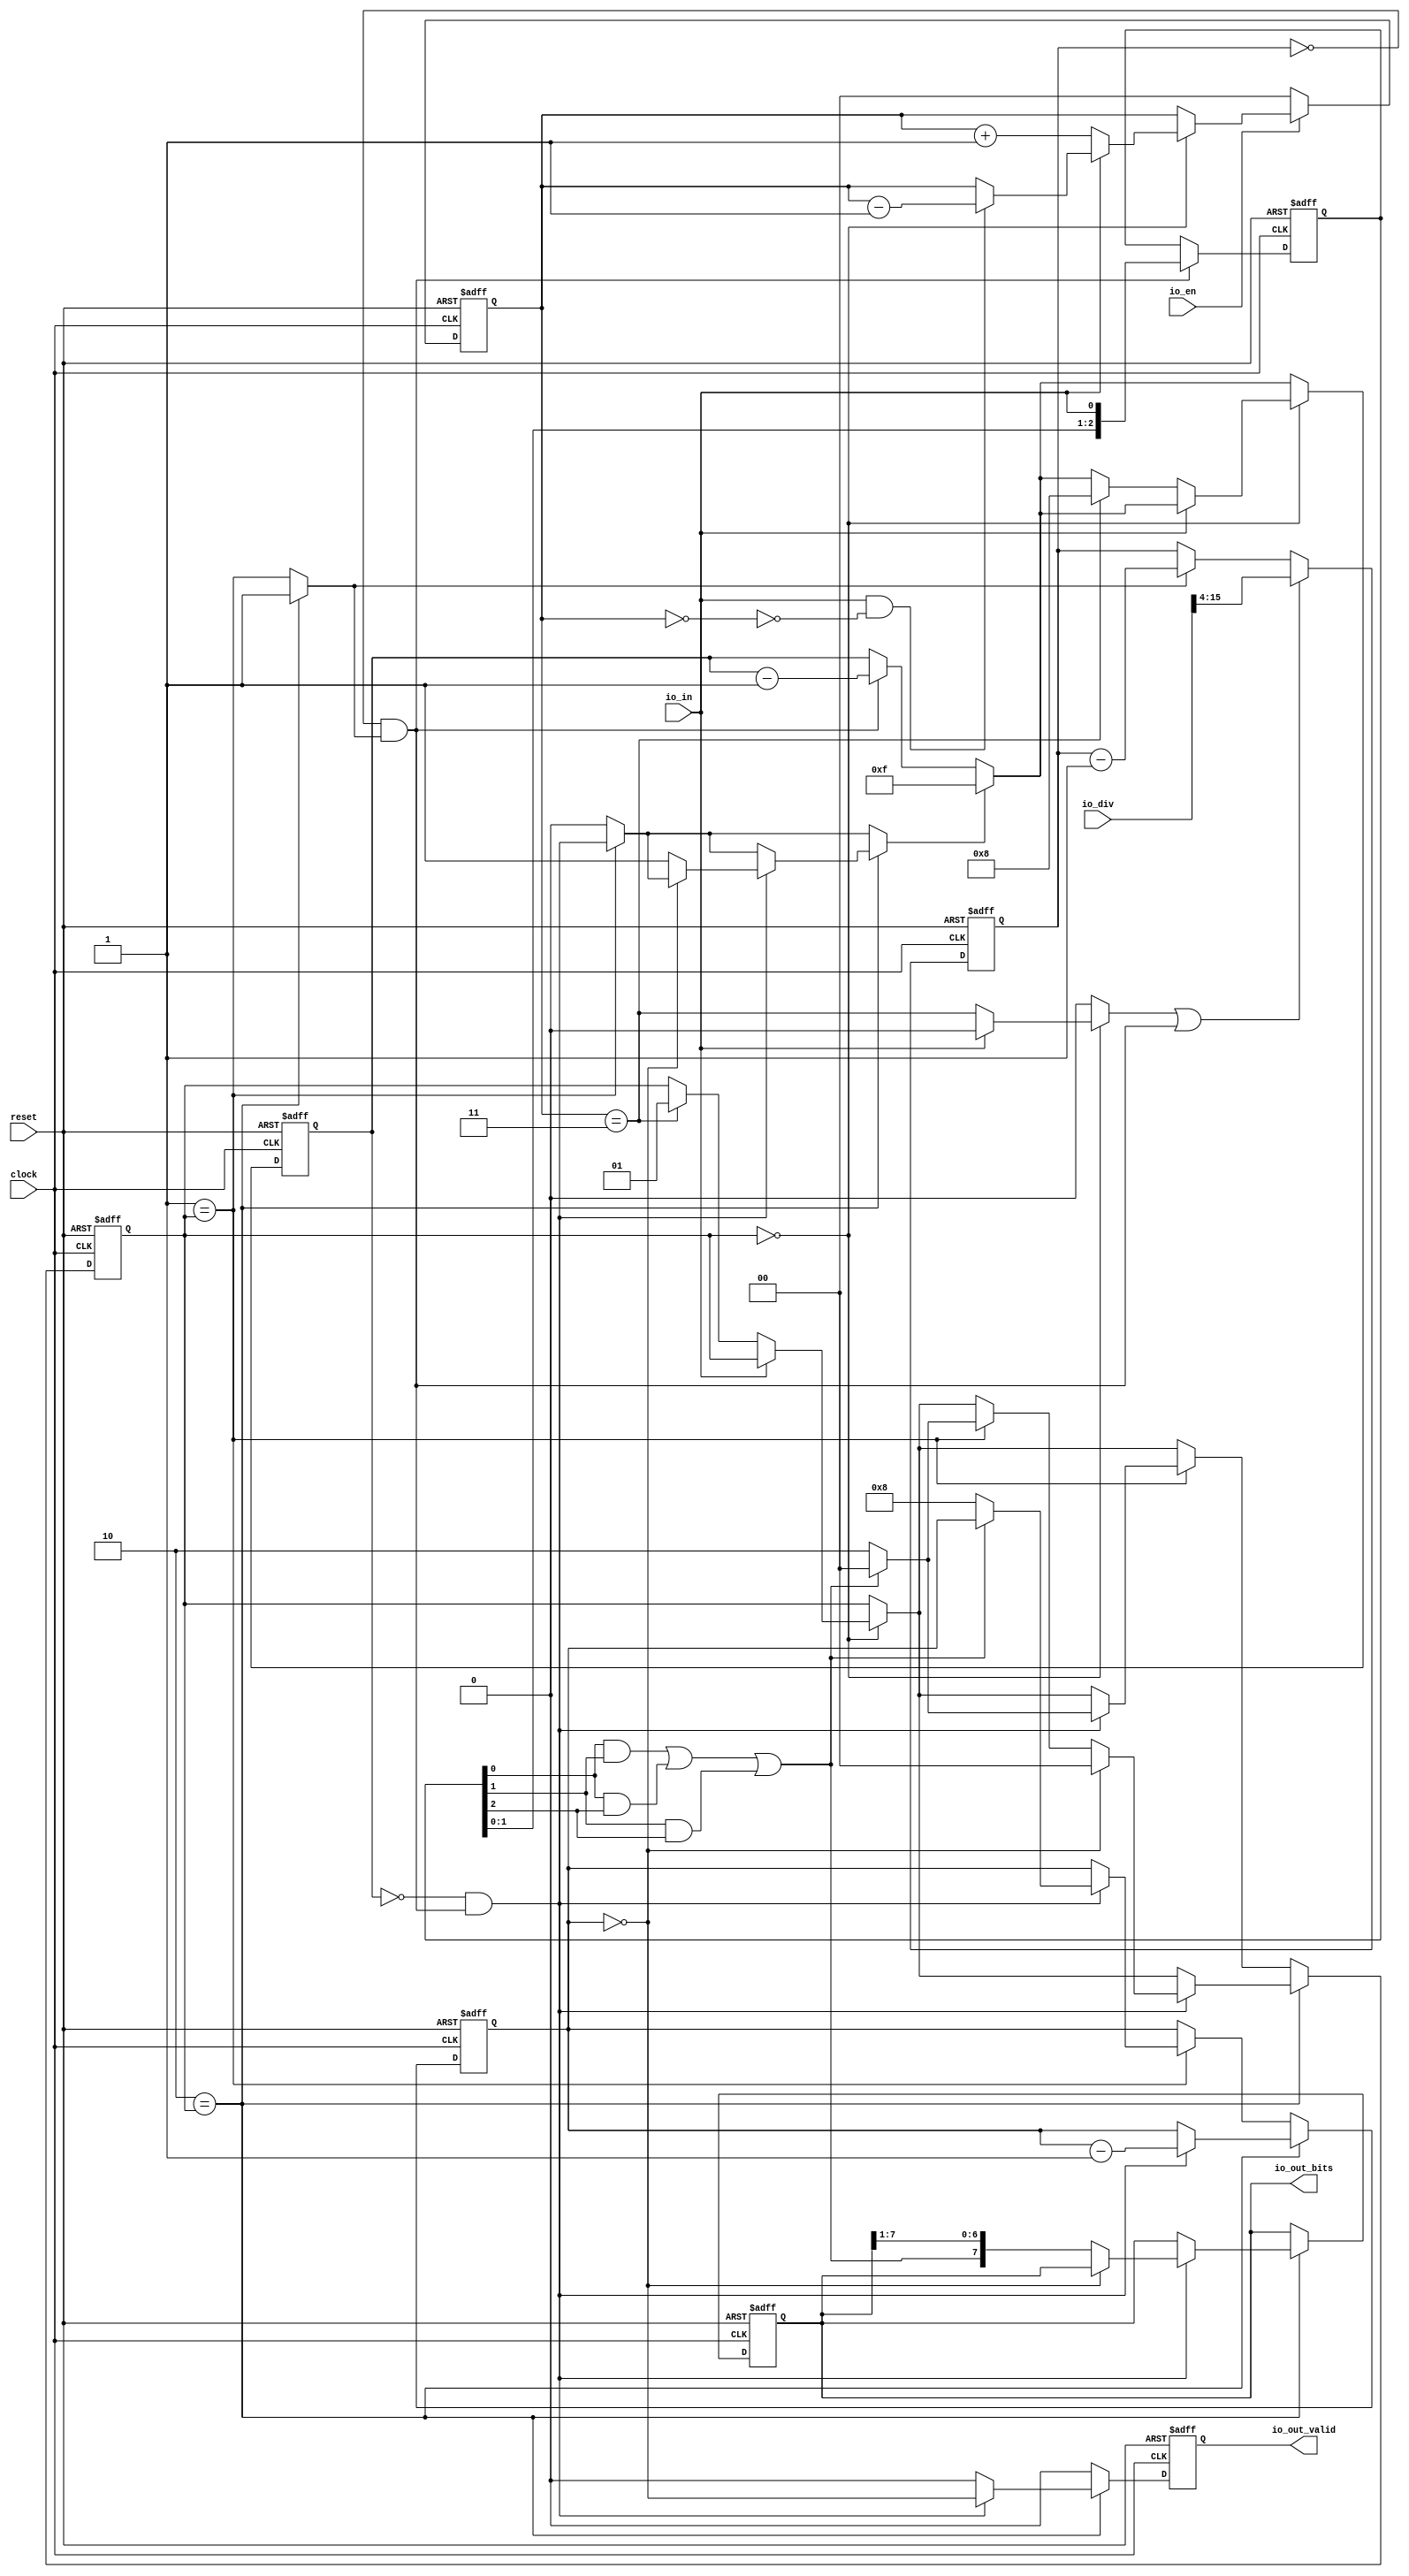
 /*                                                                      
 Copyright 2018 Nuclei System Technology, Inc.                
                                                                         
 Licensed under the Apache License, Version 2.0 (the "License");         
 you may not use this file except in compliance with the License.        
 You may obtain a copy of the License at                                 
                                                                         
     http://www.apache.org/licenses/LICENSE-2.0                          
                                                                         
  Unless required by applicable law or agreed to in writing, software    
 distributed under the License is distributed on an "AS IS" BASIS,       
 WITHOUT WARRANTIES OR CONDITIONS OF ANY KIND, either express or implied.
 See the License for the specific language governing permissions and     
 limitations under the License.                                          
 */                                                                      
                                                                         
                                                                         
                                                                         
module sirv_uartrx(
  input   clock,
  input   reset,
  input   io_en,
  input   io_in,
  output  io_out_valid,
  output [7:0] io_out_bits,
  input  [15:0] io_div
);
  reg [1:0] debounce;
  reg [31:0] GEN_7;
  wire  debounce_max;
  wire  debounce_min;
  reg [11:0] prescaler;
  reg [31:0] GEN_20;
  wire  start;
  wire  busy;
  wire  T_21;
  wire  pulse;
  wire [12:0] T_23;
  wire [11:0] T_24;
  wire [11:0] GEN_0;
  wire  T_25;
  wire [11:0] T_26;
  wire [11:0] GEN_1;
  reg [2:0] sample;
  reg [31:0] GEN_23;
  wire  T_28;
  wire  T_29;
  wire  T_30;
  wire  T_31;
  wire  T_32;
  wire  T_33;
  wire  T_34;
  wire  T_35;
  wire [3:0] T_36;
  wire [3:0] GEN_2;
  reg [4:0] timer;
  reg [31:0] GEN_28;
  reg [3:0] counter;
  reg [31:0] GEN_43;
  reg [7:0] shifter;
  reg [31:0] GEN_44;
  wire  T_41;
  wire  expire;
  wire  sched;
  wire [5:0] T_44;
  wire [4:0] T_45;
  wire [4:0] GEN_3;
  wire [4:0] GEN_4;
  reg  valid;
  reg [31:0] GEN_45;
  reg [1:0] state;
  reg [31:0] GEN_46;
  wire  T_50;
  wire  T_52;
  wire  T_54;
  wire  T_56;
  wire  T_57;
  wire [2:0] T_59;
  wire [1:0] T_60;
  wire [1:0] GEN_5;
  wire [2:0] T_64;
  wire [1:0] T_65;
  wire [1:0] GEN_6;
  wire [4:0] GEN_8;
  wire [1:0] GEN_9;
  wire [1:0] GEN_10;
  wire  GEN_11;
  wire [4:0] GEN_12;
  wire [1:0] GEN_13;
  wire [1:0] GEN_14;
  wire  GEN_15;
  wire [4:0] GEN_16;
  wire  T_68;
  wire [1:0] GEN_17;
  wire  T_72;
  wire [1:0] GEN_18;
  wire [3:0] GEN_19;
  wire [1:0] GEN_21;
  wire [3:0] GEN_22;
  wire  GEN_24;
  wire [1:0] GEN_25;
  wire [3:0] GEN_26;
  wire  T_74;
  wire [4:0] T_77;
  wire [3:0] T_78;
  wire  T_80;
  wire [1:0] GEN_27;
  wire  T_83;
  wire [6:0] T_84;
  wire [7:0] T_85;
  wire [7:0] GEN_29;
  wire  GEN_30;
  wire [3:0] GEN_31;
  wire [1:0] GEN_32;
  wire  GEN_33;
  wire [7:0] GEN_34;
  wire  GEN_35;
  wire  GEN_36;
  wire [3:0] GEN_37;
  wire [1:0] GEN_38;
  wire  GEN_39;
  wire [7:0] GEN_40;
  wire  GEN_41;
  wire  T_88;
  wire [1:0] GEN_42;
  assign io_out_valid = valid;
  assign io_out_bits = shifter;
  assign debounce_max = debounce == 2'h3;
  assign debounce_min = debounce == 2'h0;
  assign start = GEN_15;
  assign busy = GEN_36;
  assign T_21 = prescaler == 12'h0;
  assign pulse = T_21 & busy;
  assign T_23 = prescaler - 12'h1;
  assign T_24 = T_23[11:0];
  assign GEN_0 = busy ? T_24 : prescaler;
  assign T_25 = start | pulse;
  assign T_26 = io_div[15:4];
  assign GEN_1 = T_25 ? T_26 : GEN_0;
  assign T_28 = sample[0];
  assign T_29 = sample[1];
  assign T_30 = sample[2];
  assign T_31 = T_28 & T_29;
  assign T_32 = T_28 & T_30;
  assign T_33 = T_31 | T_32;
  assign T_34 = T_29 & T_30;
  assign T_35 = T_33 | T_34;
  assign T_36 = {sample,io_in};
  assign GEN_2 = pulse ? T_36 : {{1'd0}, sample};
  assign T_41 = timer == 5'h0;
  assign expire = T_41 & pulse;
  assign sched = GEN_41;
  assign T_44 = timer - 5'h1;
  assign T_45 = T_44[4:0];
  assign GEN_3 = pulse ? T_45 : timer;
  assign GEN_4 = sched ? 5'hf : GEN_3;
  assign T_50 = 2'h0 == state;
  assign T_52 = io_in == 1'h0;
  assign T_54 = T_52 == 1'h0;
  assign T_56 = debounce_min == 1'h0;
  assign T_57 = T_54 & T_56;
  assign T_59 = debounce - 2'h1;
  assign T_60 = T_59[1:0];
  assign GEN_5 = T_57 ? T_60 : debounce;
  assign T_64 = debounce + 2'h1;
  assign T_65 = T_64[1:0];
  assign GEN_6 = debounce_max ? 2'h1 : state;
  assign GEN_8 = debounce_max ? 5'h8 : GEN_4;
  assign GEN_9 = T_52 ? T_65 : GEN_5;
  assign GEN_10 = T_52 ? GEN_6 : state;
  assign GEN_11 = T_52 ? debounce_max : 1'h0;
  assign GEN_12 = T_52 ? GEN_8 : GEN_4;
  assign GEN_13 = T_50 ? GEN_9 : debounce;
  assign GEN_14 = T_50 ? GEN_10 : state;
  assign GEN_15 = T_50 ? GEN_11 : 1'h0;
  assign GEN_16 = T_50 ? GEN_12 : GEN_4;
  assign T_68 = 2'h1 == state;
  assign GEN_17 = T_35 ? 2'h0 : GEN_14;
  assign T_72 = T_35 == 1'h0;
  assign GEN_18 = T_72 ? 2'h2 : GEN_17;
  assign GEN_19 = T_72 ? 4'h8 : counter;
  assign GEN_21 = expire ? GEN_18 : GEN_14;
  assign GEN_22 = expire ? GEN_19 : counter;
  assign GEN_24 = T_68 ? expire : 1'h0;
  assign GEN_25 = T_68 ? GEN_21 : GEN_14;
  assign GEN_26 = T_68 ? GEN_22 : counter;
  assign T_74 = 2'h2 == state;
  assign T_77 = counter - 4'h1;
  assign T_78 = T_77[3:0];
  assign T_80 = counter == 4'h0;
  assign GEN_27 = T_80 ? 2'h0 : GEN_25;
  assign T_83 = T_80 == 1'h0;
  assign T_84 = shifter[7:1];
  assign T_85 = {T_35,T_84};
  assign GEN_29 = T_83 ? T_85 : shifter;
  assign GEN_30 = T_83 ? 1'h1 : GEN_24;
  assign GEN_31 = expire ? T_78 : GEN_26;
  assign GEN_32 = expire ? GEN_27 : GEN_25;
  assign GEN_33 = expire ? T_80 : 1'h0;
  assign GEN_34 = expire ? GEN_29 : shifter;
  assign GEN_35 = expire ? GEN_30 : GEN_24;
  assign GEN_36 = T_74 ? 1'h1 : T_68;
  assign GEN_37 = T_74 ? GEN_31 : GEN_26;
  assign GEN_38 = T_74 ? GEN_32 : GEN_25;
  assign GEN_39 = T_74 ? GEN_33 : 1'h0;
  assign GEN_40 = T_74 ? GEN_34 : shifter;
  assign GEN_41 = T_74 ? GEN_35 : GEN_24;
  assign T_88 = io_en == 1'h0;
  assign GEN_42 = T_88 ? 2'h0 : GEN_13;

  always @(posedge clock or posedge reset)
    if (reset) begin
      debounce <= 2'h0;
    end else begin
      if (T_88) begin
        debounce <= 2'h0;
      end else begin
        if (T_50) begin
          if (T_52) begin
            debounce <= T_65;
          end else begin
            if (T_57) begin
              debounce <= T_60;
            end
          end
        end
      end
    end

  always @(posedge clock or posedge reset)
    if (reset) begin
      prescaler <= 12'h0;
    end else begin
      if (T_25) begin
        prescaler <= T_26;
      end else begin
        if (busy) begin
          prescaler <= T_24;
        end
      end
    end


  always @(posedge clock or posedge reset)
  if (reset) begin

    sample <= 3'b0;
    timer <= 5'h0;
    counter <= 4'b0;
    shifter <= 8'b0;

  end
  else begin
    sample <= GEN_2[2:0];
    if (T_50) begin
      if (T_52) begin
        if (debounce_max) begin
          timer <= 5'h8;
        end else begin
          if (sched) begin
            timer <= 5'hf;
          end else begin
            if (pulse) begin
              timer <= T_45;
            end
          end
        end
      end else begin
        if (sched) begin
          timer <= 5'hf;
        end else begin
          if (pulse) begin
            timer <= T_45;
          end
        end
      end
    end else begin
      if (sched) begin
        timer <= 5'hf;
      end else begin
        if (pulse) begin
          timer <= T_45;
        end
      end
    end
    if (T_74) begin
      if (expire) begin
        counter <= T_78;
      end else begin
        if (T_68) begin
          if (expire) begin
            if (T_72) begin
              counter <= 4'h8;
            end
          end
        end
      end
    end else begin
      if (T_68) begin
        if (expire) begin
          if (T_72) begin
            counter <= 4'h8;
          end
        end
      end
    end
    if (T_74) begin
      if (expire) begin
        if (T_83) begin
          shifter <= T_85;
        end
      end
    end
  end


  always @(posedge clock or posedge reset)
    if (reset) begin
      valid <= 1'h0;
    end else begin
      if (T_74) begin
        if (expire) begin
          valid <= T_80;
        end else begin
          valid <= 1'h0;
        end
      end else begin
        valid <= 1'h0;
      end
    end

  always @(posedge clock or posedge reset)
    if (reset) begin
      state <= 2'h0;
    end else begin
      if (T_74) begin
        if (expire) begin
          if (T_80) begin
            state <= 2'h0;
          end else begin
            if (T_68) begin
              if (expire) begin
                if (T_72) begin
                  state <= 2'h2;
                end else begin
                  if (T_35) begin
                    state <= 2'h0;
                  end else begin
                    if (T_50) begin
                      if (T_52) begin
                        if (debounce_max) begin
                          state <= 2'h1;
                        end
                      end
                    end
                  end
                end
              end else begin
                if (T_50) begin
                  if (T_52) begin
                    if (debounce_max) begin
                      state <= 2'h1;
                    end
                  end
                end
              end
            end else begin
              if (T_50) begin
                if (T_52) begin
                  if (debounce_max) begin
                    state <= 2'h1;
                  end
                end
              end
            end
          end
        end else begin
          if (T_68) begin
            if (expire) begin
              if (T_72) begin
                state <= 2'h2;
              end else begin
                if (T_35) begin
                  state <= 2'h0;
                end else begin
                  if (T_50) begin
                    if (T_52) begin
                      if (debounce_max) begin
                        state <= 2'h1;
                      end
                    end
                  end
                end
              end
            end else begin
              state <= GEN_14;
            end
          end else begin
            state <= GEN_14;
          end
        end
      end else begin
        if (T_68) begin
          if (expire) begin
            if (T_72) begin
              state <= 2'h2;
            end else begin
              if (T_35) begin
                state <= 2'h0;
              end else begin
                state <= GEN_14;
              end
            end
          end else begin
            state <= GEN_14;
          end
        end else begin
          state <= GEN_14;
        end
      end
    end

endmodule